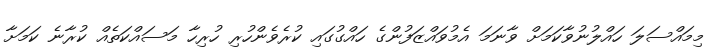
މިމައްސަލަ ހައްލުނުވާކަމަށް ވާނަމަ އެމުވައްޒަފުންގެ ހައްގުގައި ކުރެވެންހުރި ހުރިހާ މަސައްކަތެއް ކުރާނެ ކަމަށާ